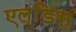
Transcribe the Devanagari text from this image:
एल्डिस